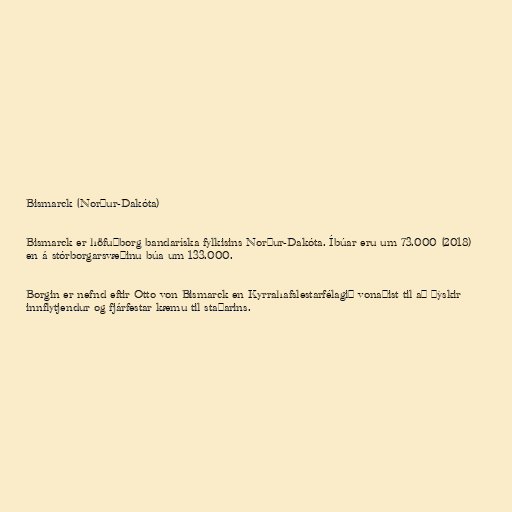
Bismarck (Norður-Dakóta)

Bismarck er höfuðborg bandaríska fylkisins Norður-Dakóta. Íbúar eru um 73.000 (2018)
en á stórborgarsvæðinu búa um 133.000.

Borgin er nefnd eftir Otto von Bismarck en Kyrrahafslestarfélagið vonaðist til að þýskir
innflytjendur og fjárfestar kæmu til staðarins.